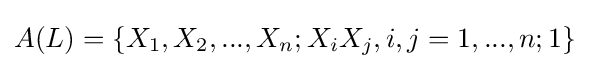
A(L)=\{X_{1},X_{2},...,X_{n};X_{i}X_{j},i,j=1,...,n;1\}